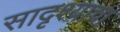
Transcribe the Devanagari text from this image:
सादृश्याचा